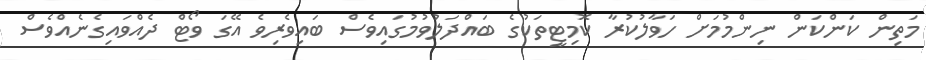
މަތިން ކަންކަން ނިންމުމަށް ހަވާލުކުރާ ކޮމިޓީތަކުގެ ބައްދަލުވުމުގައިވެސް ބައިވެރިވެ އޭގަ ވޯޓް ދެއްވައިގެނެއްވެސް